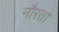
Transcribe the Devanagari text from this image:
नौरता